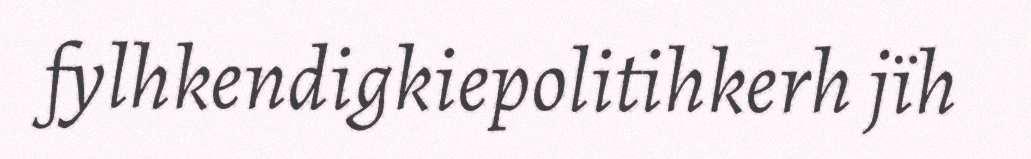
fylhkendigkiepolitihkerh jïh